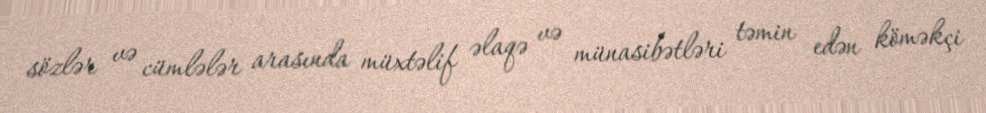
sözlər və cümlələr arasında müxtəlif əlaqə və münasibətləri təmin edən köməkçi